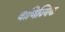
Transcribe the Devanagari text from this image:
वाणिज्यिक